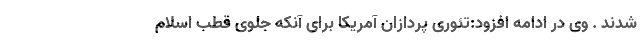
شدند . وی در ادامه افزود:تئوری پردازان آمریکا برای آنکه جلوی قطب اسلام